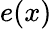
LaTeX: e(x)